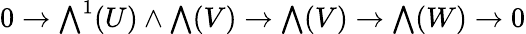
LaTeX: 0\to{\textstyle\bigwedge}^{1}(U)\wedge{\textstyle\bigwedge}(V)\to{\textstyle\bigwedge}(V)\to{\textstyle\bigwedge}(W)\to 0